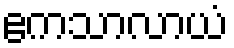
ဧကသာလာယံ